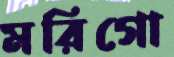
মরিগো